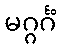
မဂ္ဂင်္ဂံ